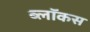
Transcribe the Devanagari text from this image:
ब्लॉकस